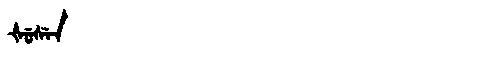
Manchu: ᡧᡠᠰᡝᠨ
Romanization: ŠUSEN